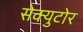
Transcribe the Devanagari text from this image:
सेक्युटोर